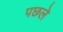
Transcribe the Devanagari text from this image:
पछले